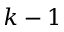
k - 1